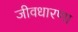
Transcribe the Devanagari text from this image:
जीवधारणा